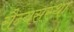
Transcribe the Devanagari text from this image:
सैन्यसंस्था